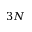
3 N